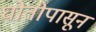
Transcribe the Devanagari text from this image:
घोतीपासून